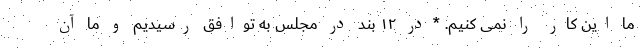
ما این کار را نمی کنیم. *در ۱۲ بند در مجلس به توافق رسیدیم و ما آن